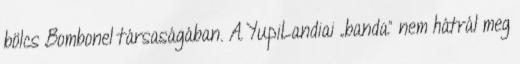
bölcs Bombonel társaságában. A YupiLandiai „banda” nem hátrál meg